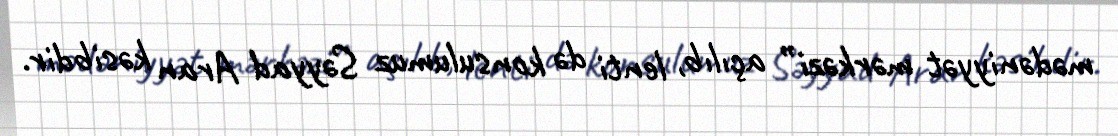
mədəniyyət mərkəzi” açılıb, lenti də konsulumuz Səyyad Aran kəsibdir.